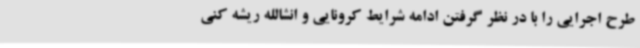
طرح اجرایی را با در نظر گرفتن ادامه شرایط کرونایی و انشالله ریشه کنی